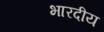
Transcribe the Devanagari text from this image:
भारदीय